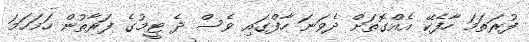
ފުރަތަމަ ހާފެކޭ އެއްގޮތަށް ދެވަނަ ހާފްގައި ވެސް ދެ ޓީމުގެ ފަރާތުން ހަމަހަމަ